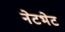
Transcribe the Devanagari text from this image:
नेटभेट